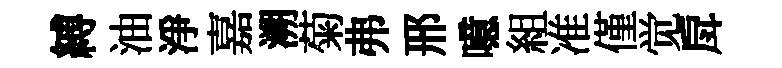
縛油淨嘉溯菊弗邢噫組准僅觉戽